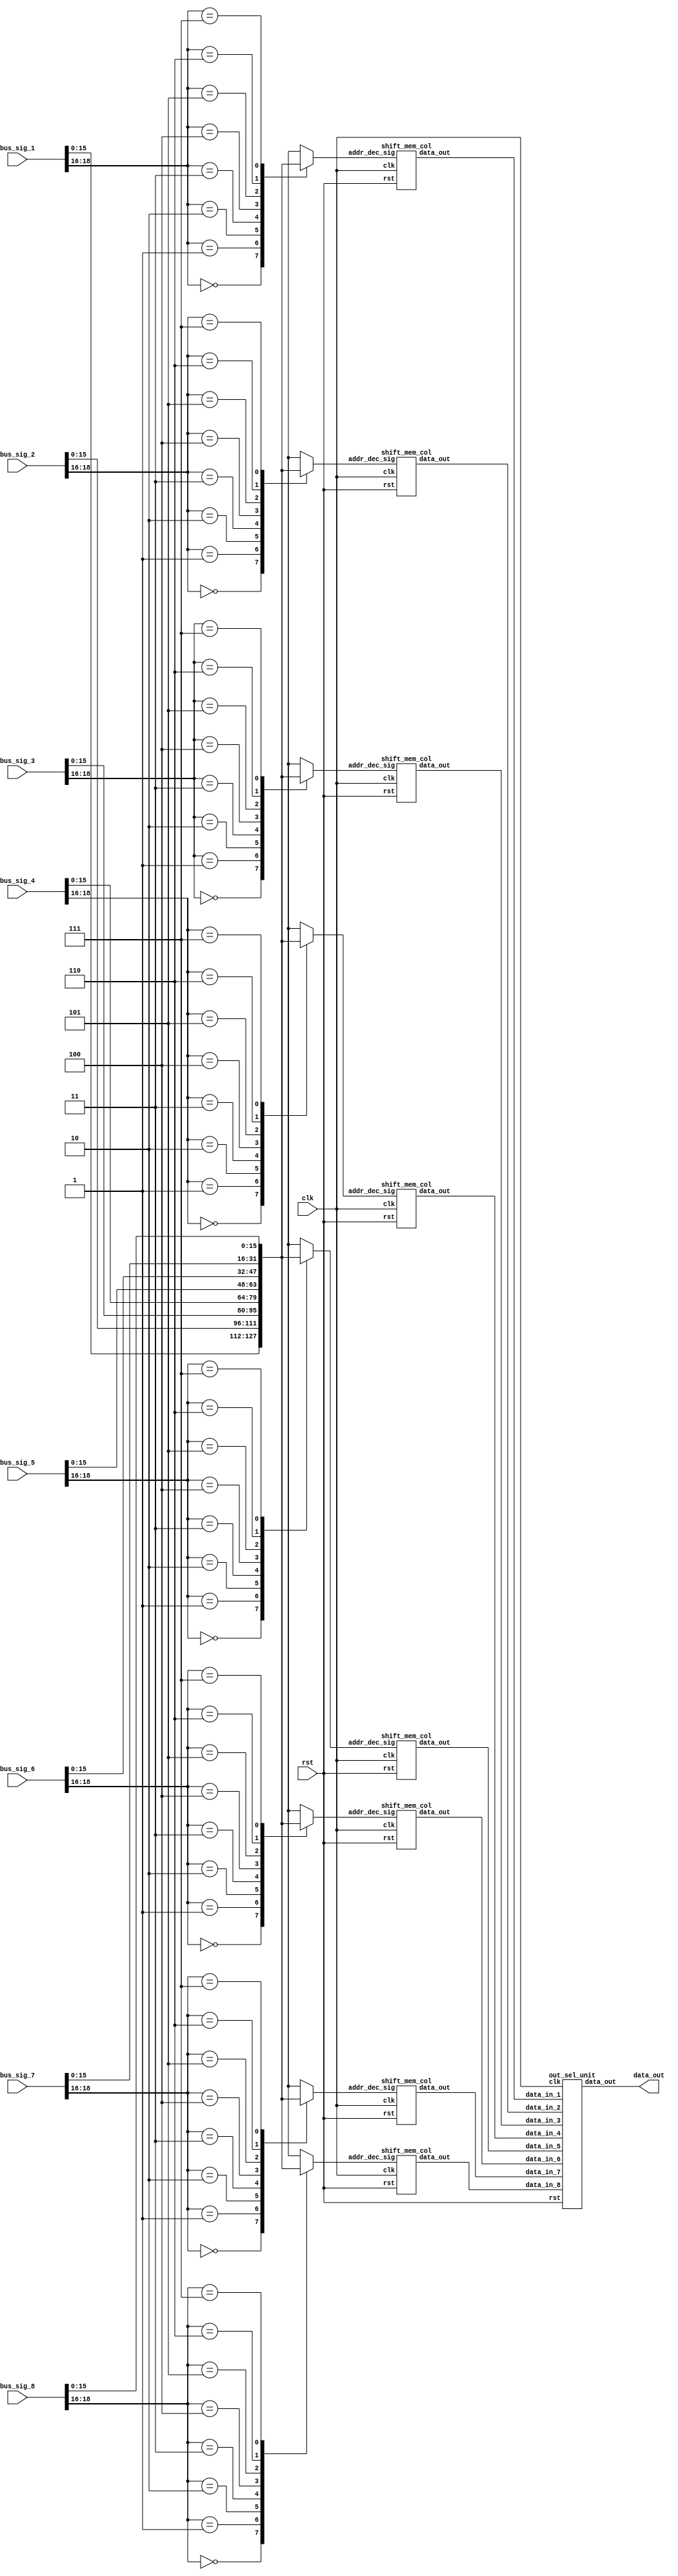
module shift_mem(clk,
				 rst,
				 bus_sig_1,
				 bus_sig_2,
				 bus_sig_3,
				 bus_sig_4,
				 bus_sig_5,
				 bus_sig_6,
				 bus_sig_7,
				 bus_sig_8,
				 data_out);
	
	input clk,rst;
	input [18:0] bus_sig_1,bus_sig_2,bus_sig_3,bus_sig_4,bus_sig_5,bus_sig_6,bus_sig_7,bus_sig_8;
	output [31:0] data_out;

	reg [15:0] addr_dec_1,addr_dec_2,addr_dec_3,addr_dec_4,addr_dec_5,addr_dec_6,addr_dec_7,addr_dec_8;
	// something is WRONG here!!!
	// the addr_dec_n registers do NOT have outputs!!!

	wire [31:0] data_out_1,data_out_2,data_out_3,data_out_4,data_out_5,data_out_6,data_out_7,data_out_8;

	always @(bus_sig_1,bus_sig_2,bus_sig_3,bus_sig_4,bus_sig_5,bus_sig_6,bus_sig_7,bus_sig_8) begin
//	always @(posedge clk) begin
		case(bus_sig_1[18:16])
			3'b000: addr_dec_1 = bus_sig_1[15:0];
			3'b001: addr_dec_1 = bus_sig_2[15:0];
			3'b010: addr_dec_1 = bus_sig_3[15:0];
			3'b011: addr_dec_1 = bus_sig_4[15:0];
			3'b100: addr_dec_1 = bus_sig_5[15:0];
			3'b101: addr_dec_1 = bus_sig_6[15:0];
			3'b110: addr_dec_1 = bus_sig_7[15:0];
			3'b111: addr_dec_1 = bus_sig_8[15:0];
		endcase
		case(bus_sig_2[18:16])
			3'b000: addr_dec_2 = bus_sig_1[15:0];
			3'b001: addr_dec_2 = bus_sig_2[15:0];
			3'b010: addr_dec_2 = bus_sig_3[15:0];
			3'b011: addr_dec_2 = bus_sig_4[15:0];
			3'b100: addr_dec_2 = bus_sig_5[15:0];
			3'b101: addr_dec_2 = bus_sig_6[15:0];
			3'b110: addr_dec_2 = bus_sig_7[15:0];
			3'b111: addr_dec_2 = bus_sig_8[15:0];
		endcase
		case(bus_sig_3[18:16])
			3'b000: addr_dec_3 = bus_sig_1[15:0];
			3'b001: addr_dec_3 = bus_sig_2[15:0];
			3'b010: addr_dec_3 = bus_sig_3[15:0];
			3'b011: addr_dec_3 = bus_sig_4[15:0];
			3'b100: addr_dec_3 = bus_sig_5[15:0];
			3'b101: addr_dec_3 = bus_sig_6[15:0];
			3'b110: addr_dec_3 = bus_sig_7[15:0];
			3'b111: addr_dec_3 = bus_sig_8[15:0];
		endcase
		case(bus_sig_4[18:16])
			3'b000: addr_dec_4 = bus_sig_1[15:0];
			3'b001: addr_dec_4 = bus_sig_2[15:0];
			3'b010: addr_dec_4 = bus_sig_3[15:0];
			3'b011: addr_dec_4 = bus_sig_4[15:0];
			3'b100: addr_dec_4 = bus_sig_5[15:0];
			3'b101: addr_dec_4 = bus_sig_6[15:0];
			3'b110: addr_dec_4 = bus_sig_7[15:0];
			3'b111: addr_dec_4 = bus_sig_8[15:0];
		endcase
		case(bus_sig_5[18:16])
			3'b000: addr_dec_5 = bus_sig_1[15:0];
			3'b001: addr_dec_5 = bus_sig_2[15:0];
			3'b010: addr_dec_5 = bus_sig_3[15:0];
			3'b011: addr_dec_5 = bus_sig_4[15:0];
			3'b100: addr_dec_5 = bus_sig_5[15:0];
			3'b101: addr_dec_5 = bus_sig_6[15:0];
			3'b110: addr_dec_5 = bus_sig_7[15:0];
			3'b111: addr_dec_5 = bus_sig_8[15:0];
		endcase
		case(bus_sig_6[18:16])
			3'b000: addr_dec_6 = bus_sig_1[15:0];
			3'b001: addr_dec_6 = bus_sig_2[15:0];
			3'b010: addr_dec_6 = bus_sig_3[15:0];
			3'b011: addr_dec_6 = bus_sig_4[15:0];
			3'b100: addr_dec_6 = bus_sig_5[15:0];
			3'b101: addr_dec_6 = bus_sig_6[15:0];
			3'b110: addr_dec_6 = bus_sig_7[15:0];
			3'b111: addr_dec_6 = bus_sig_8[15:0];
		endcase
		case(bus_sig_7[18:16])
			3'b000: addr_dec_7 = bus_sig_1[15:0];
			3'b001: addr_dec_7 = bus_sig_2[15:0];
			3'b010: addr_dec_7 = bus_sig_3[15:0];
			3'b011: addr_dec_7 = bus_sig_4[15:0];
			3'b100: addr_dec_7 = bus_sig_5[15:0];
			3'b101: addr_dec_7 = bus_sig_6[15:0];
			3'b110: addr_dec_7 = bus_sig_7[15:0];
			3'b111: addr_dec_7 = bus_sig_8[15:0];
		endcase
		case(bus_sig_8[18:16])
			3'b000: addr_dec_8 = bus_sig_1[15:0];
			3'b001: addr_dec_8 = bus_sig_2[15:0];
			3'b010: addr_dec_8 = bus_sig_3[15:0];
			3'b011: addr_dec_8 = bus_sig_4[15:0];
			3'b100: addr_dec_8 = bus_sig_5[15:0];
			3'b101: addr_dec_8 = bus_sig_6[15:0];
			3'b110: addr_dec_8 = bus_sig_7[15:0];
			3'b111: addr_dec_8 = bus_sig_8[15:0];
		endcase
	end

	shift_mem_col u_shift_mem_col_1(.clk(clk),
									.rst(rst),
									.addr_dec_sig(addr_dec_1),
									.data_out(data_out_1));
	shift_mem_col u_shift_mem_col_2(.clk(clk),
									.rst(rst),
									.addr_dec_sig(addr_dec_2),
									.data_out(data_out_2));
	shift_mem_col u_shift_mem_col_3(.clk(clk),
									.rst(rst),
									.addr_dec_sig(addr_dec_3),
									.data_out(data_out_3));
	shift_mem_col u_shift_mem_col_4(.clk(clk),
									.rst(rst),
									.addr_dec_sig(addr_dec_4),
									.data_out(data_out_4));
	shift_mem_col u_shift_mem_col_5(.clk(clk),
									.rst(rst),
									.addr_dec_sig(addr_dec_5),
									.data_out(data_out_5));
	shift_mem_col u_shift_mem_col_6(.clk(clk),
									.rst(rst),
									.addr_dec_sig(addr_dec_6),
									.data_out(data_out_6));
	shift_mem_col u_shift_mem_col_7(.clk(clk),
									.rst(rst),
									.addr_dec_sig(addr_dec_7),
									.data_out(data_out_7));
	shift_mem_col u_shift_mem_col_8(.clk(clk),
									.rst(rst),
									.addr_dec_sig(addr_dec_8),
									.data_out(data_out_8));

	out_sel_unit u_out_sel_unit(.clk(clk),
								.rst(rst),
								.data_in_1(data_out_1),
								.data_in_2(data_out_2),
								.data_in_3(data_out_3),
								.data_in_4(data_out_4),
								.data_in_5(data_out_5),
								.data_in_6(data_out_6),
								.data_in_7(data_out_7),
								.data_in_8(data_out_8),
								.data_out(data_out));

endmodule


module shift_mem_col(clk,
				 rst,
				// self_addr,
				 addr_dec_sig,  //addr_dec_sig = {addr_4,dec_bit_4,addr_3,dec_bit_3,
				 data_out);		//				  addr_2,dec_bit_2,addr_1,dec_bit_1}

	input clk,rst;
	input [15:0] addr_dec_sig;
	output [31:0] data_out;

	reg dec_1,dec_2,dec_3,dec_4;

	wire [7:0] data_out_1,data_out_2,data_out_3,data_out_4;
	
	always @(addr_dec_sig) begin
		case(addr_dec_sig[3:2])
			2'b00: dec_1 = addr_dec_sig[0];
			2'b01: dec_2 = addr_dec_sig[0];
			2'b10: dec_3 = addr_dec_sig[0];
			2'b11: dec_4 = addr_dec_sig[0];
		endcase
		case(addr_dec_sig[7:6])
			2'b00: dec_1 = addr_dec_sig[4];
			2'b01: dec_2 = addr_dec_sig[4];
			2'b10: dec_3 = addr_dec_sig[4];
			2'b11: dec_4 = addr_dec_sig[4];
		endcase
		case(addr_dec_sig[11:10])
			2'b00: dec_1 = addr_dec_sig[8];
			2'b01: dec_2 = addr_dec_sig[8];
			2'b10: dec_3 = addr_dec_sig[8];
			2'b11: dec_4 = addr_dec_sig[8];
		endcase
		case(addr_dec_sig[15:14])
			2'b00: dec_1 = addr_dec_sig[12];
			2'b01: dec_2 = addr_dec_sig[12];
			2'b10: dec_3 = addr_dec_sig[12];
			2'b11: dec_4 = addr_dec_sig[12];
		endcase
	end

	shift_reg u_shift_reg_1(.clk(clk),
							.rst(rst),
							.term_in(addr_dec_sig[1]),
							.data_in(dec_1),
							.data_out(data_out_1));
	shift_reg u_shift_reg_2(.clk(clk),
							.rst(rst),
							.data_in(dec_2),
							.term_in(addr_dec_sig[5]),
							.data_out(data_out_2));
	shift_reg u_shift_reg_3(.clk(clk),
							.rst(rst),
							.data_in(dec_3),
							.term_in(addr_dec_sig[9]),
							.data_out(data_out_3));
	shift_reg u_shift_reg_4(.clk(clk),
							.rst(rst),
							.data_in(dec_4),
							.term_in(addr_dec_sig[13]),
							.data_out(data_out_4));

	assign data_out = {data_out_4,data_out_3,data_out_2,data_out_1};

endmodule

module shift_reg(clk,
				 rst,
				 term_in,
				 data_in,
				 data_out);
	input clk,rst,data_in,term_in;
	output [7:0] data_out;
	reg [7:0] data_out;
	
	always @(posedge clk or negedge rst) begin
		if (!rst) begin
			// reset
			data_out <= 8'b00000000;
		end
		else
		begin
			if (!term_in) begin
				data_out[0] <= data_in;
				data_out[1] <= data_out[0];
				data_out[2] <= data_out[1];
				data_out[3] <= data_out[2];
				data_out[4] <= data_out[3];
				data_out[5] <= data_out[4];
				data_out[6] <= data_out[5];
				data_out[7] <= data_out[6];
			end
		end
	end

endmodule

module out_sel_unit(clk,
					rst,
					data_in_1,
					data_in_2,
					data_in_3,
					data_in_4,
					data_in_5,
					data_in_6,
					data_in_7,
					data_in_8,
					data_out);
	input clk,rst;
	input [31:0] data_in_1,data_in_2,data_in_3,data_in_4,data_in_5,data_in_6,data_in_7,data_in_8;
	output [31:0] data_out;
	
	reg [2:0] counter;
	reg [31:0] data_out;

	always @(clk or !rst) begin
		if (!rst) 
		begin
			// reset
			counter = 3'b000;
		end
		else 
		begin
			counter = counter + 1'b1;
		end
	end

	always @(*) begin
		case(counter)
			3'b000:data_out = data_in_1;
			3'b001:data_out = data_in_2;
			3'b010:data_out = data_in_3;
			3'b011:data_out = data_in_4;
			3'b100:data_out = data_in_5;
			3'b101:data_out = data_in_6;
			3'b110:data_out = data_in_7;
			3'b111:data_out = data_in_8;
		endcase
	end

endmodule